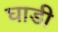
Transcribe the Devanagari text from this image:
घाडी